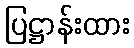
ပြဋ္ဌာန်းထား